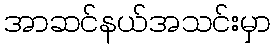
အာဆင်နယ်အသင်းမှာ